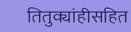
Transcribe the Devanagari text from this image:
तितुक्यांहीसहित